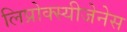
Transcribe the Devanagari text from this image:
लिप्रोक्स्यीजेनेस